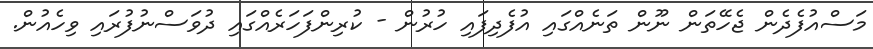
މަސްއުފެދެން ޖެހޭތަން ނޫން ތަނެއްގައި އުފެދިފައި ހުރުން - ކުރިންފަހަރެއްގައި ދުވަސްނުފުރައި ވިހެއުން.